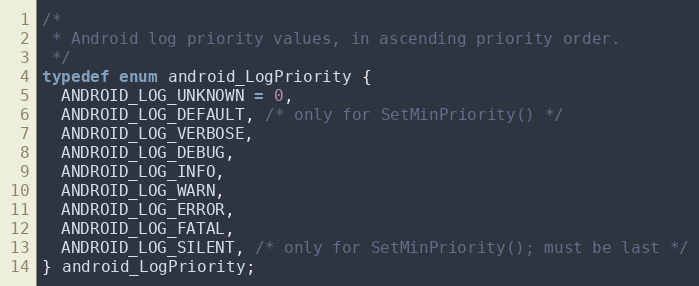
Language: C
/*
 * Android log priority values, in ascending priority order.
 */
typedef enum android_LogPriority {
  ANDROID_LOG_UNKNOWN = 0,
  ANDROID_LOG_DEFAULT, /* only for SetMinPriority() */
  ANDROID_LOG_VERBOSE,
  ANDROID_LOG_DEBUG,
  ANDROID_LOG_INFO,
  ANDROID_LOG_WARN,
  ANDROID_LOG_ERROR,
  ANDROID_LOG_FATAL,
  ANDROID_LOG_SILENT, /* only for SetMinPriority(); must be last */
} android_LogPriority;